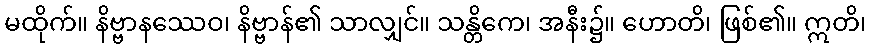
မထိုက်။ နိဗ္ဗာနဿေဝ၊ နိဗ္ဗာန်၏ သာလျှင်။ သန္တိကေ၊ အနီး၌။ ဟောတိ၊ ဖြစ်၏။ ဣတိ၊